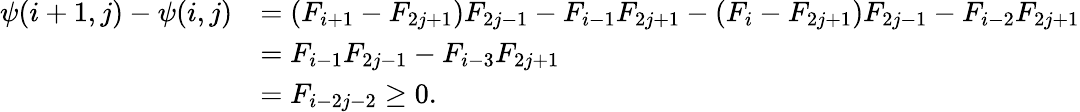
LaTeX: \begin{array}{rl}{\psi(i+1,j)-\psi(i,j)}&{=(F_{i+1}-F_{2j+1})F_{2j-1}-F_{i-1}F_{2j+1}-(F_{i}-F_{2j+1})F_{2j-1}-F_{i-2}F_{2j+1}}\\ &{=F_{i-1}F_{2j-1}-F_{i-3}F_{2j+1}}\\ &{=F_{i-2j-2}\geq 0.}\end{array}